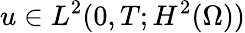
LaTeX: u\in L^{2}(0,T;H^{2}(\Omega))